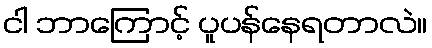
ငါ ဘာကြောင့် ပူပန်နေရတာလဲ။